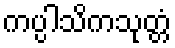
ကပ္ပါသိကသုတ္တံ